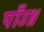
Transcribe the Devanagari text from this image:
पाँउ॥